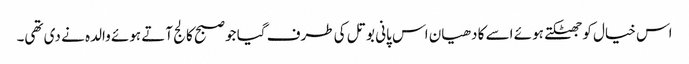
اس خیال کو جھٹکتے ہوئے اسے کا دھیان اس پانی بوتل کی طرف گیا جو صبح کالج آتے ہوئے والدہ نے دی تھی۔